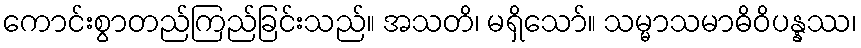
ကောင်းစွာတည်ကြည်ခြင်းသည်။ အသတိ၊ မရှိသော်။ သမ္မာသမာဓိဝိပန္နဿ၊